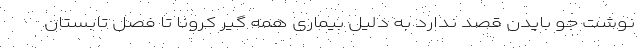
نوشت جو بایدن قصد ندارد به دلیل بیماری همه گیر کرونا تا فصل تابستان